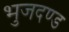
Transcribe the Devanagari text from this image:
भुजदण्ड